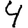
Digit: 4